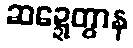
ဆဍ္ဍေတွာန